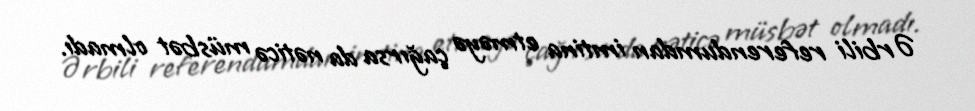
Ərbili referendumdan imtina etməyə çağırsa da nəticə müsbət olmadı.